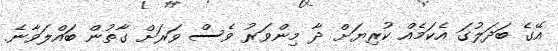
އޭގެ ބަދަލުގަ އެކަމެއް ކުރިޔަށް ދާ މިންވަރު ވެސް ވަރަށް ގާތުން ބައްލަވާނެ.